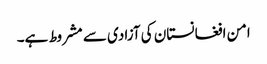
امن افغانستان کی آزادی سے مشروط ہے۔